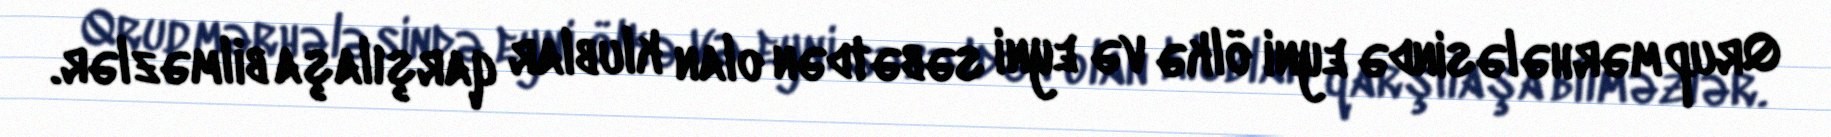
Qrup mərhələsində eyni ölkə və eyni səbətdən olan klublar qarşılaşa bilməzlər.